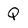
Character: Q